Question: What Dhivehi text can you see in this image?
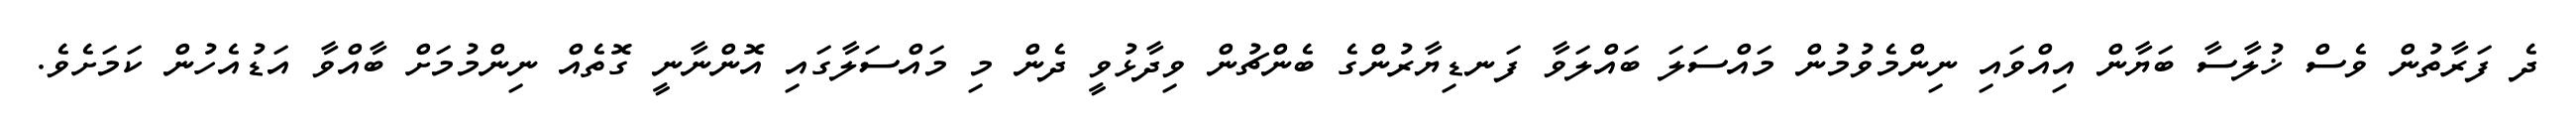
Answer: ދެ ފަރާތުން ވެސް ޚުލާސާ ބަޔާން އިއްވައި ނިންމެވުމުން މައްސަލަ ބައްލަވާ ފަނޑިޔާރުންގެ ބެންޗުން ވިދާޅުވީ ދެން މި މައްސަލާގައި އޮންނާނީ ގޮތެއް ނިންމުމަށް ބާއްވާ އަޑުއެހުން ކަމަށެވެ.